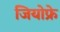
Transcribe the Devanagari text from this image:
जियोफ्रे